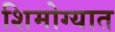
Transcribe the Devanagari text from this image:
शिमोग्यात